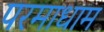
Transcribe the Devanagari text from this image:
परमाधाम